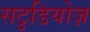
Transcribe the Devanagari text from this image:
सटुडियोज़